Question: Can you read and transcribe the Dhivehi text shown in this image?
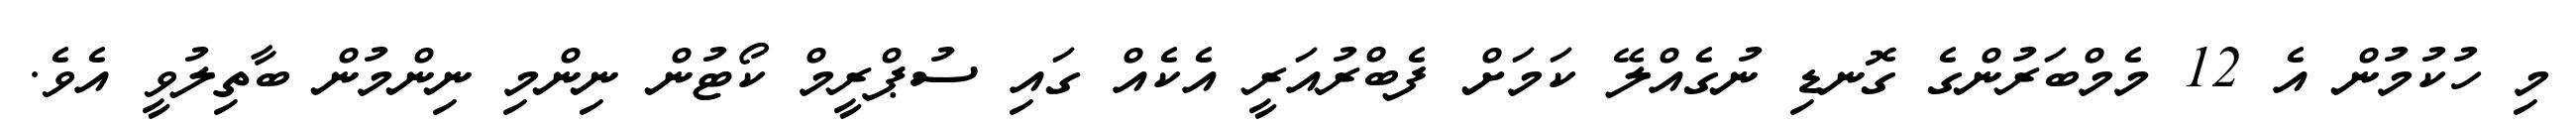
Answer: މި ހުކުމުން އެ 12 މެމްބަރުންގެ ގޮނޑި ނުގެއްލޭ ކަމަށް ފެބްރުއަރީ އެކެއް ގައި ސުޕްރީމް ކޯޓުން ނިންމި ނިންމުން ބާތިލުވީ އެވެ.